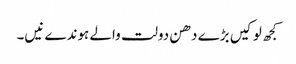
کجھ لوکیں بڑے دھن دولت والے ہوندے نیں۔